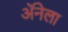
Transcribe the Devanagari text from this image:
अॅनेला